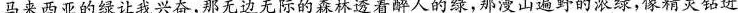
马来西亚的绿让我兴奋，那无边无际的森林透着醉人的绿，那漫山遍野的浓绿，像精灵钻进